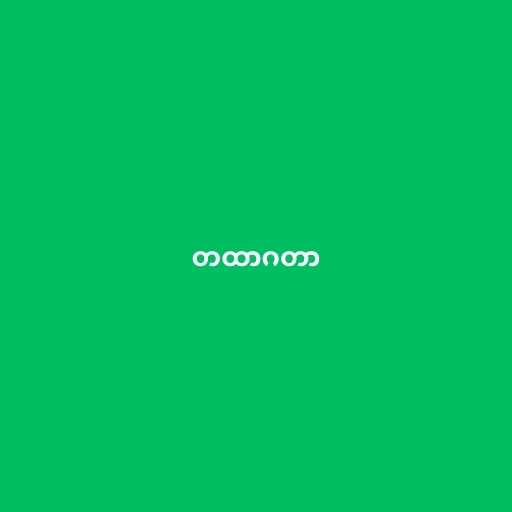
တထာဂတာ